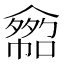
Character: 𠐂